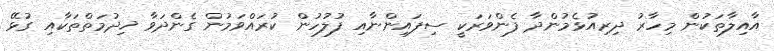
އާއިލާތަކުން މިހާރު ދިރިއުޅެމުންދާ ފެންވަރަކީ ސިފައިންނާއި ފުލުހުން ކުރައްވަމުން ގެންދަވާ ޚިދުމަތްތަކާއި ގުޅޭ